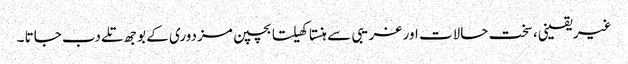
غیر یقینی، سخت حالات اور غریبی سے ہنستا کھیلتا بچپن مزدوری کے بوجھ تلے دب جاتا ۔